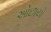
ઓછાયો